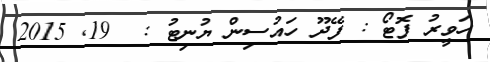
ހަވީރު ފޮޓޯ : ފޭދޫ ހައުސިން ޔުނިޓު :  19